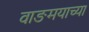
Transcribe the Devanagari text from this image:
वाङमयाच्या